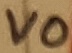
Text: VO